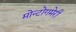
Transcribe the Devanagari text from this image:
मोन्टोगमेरी